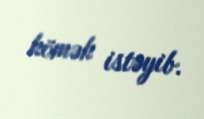
kömək istəyib.